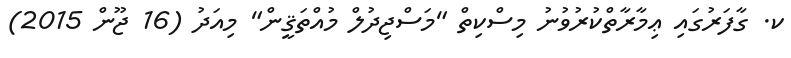
ކ. ގާފަރުގައި ޢިމާރާތްކުރުވުނު މިސްކިތް "މަސްޖިދުލް މުއްތަޤީން" މިއަދު (16 ޖޫން 2015)